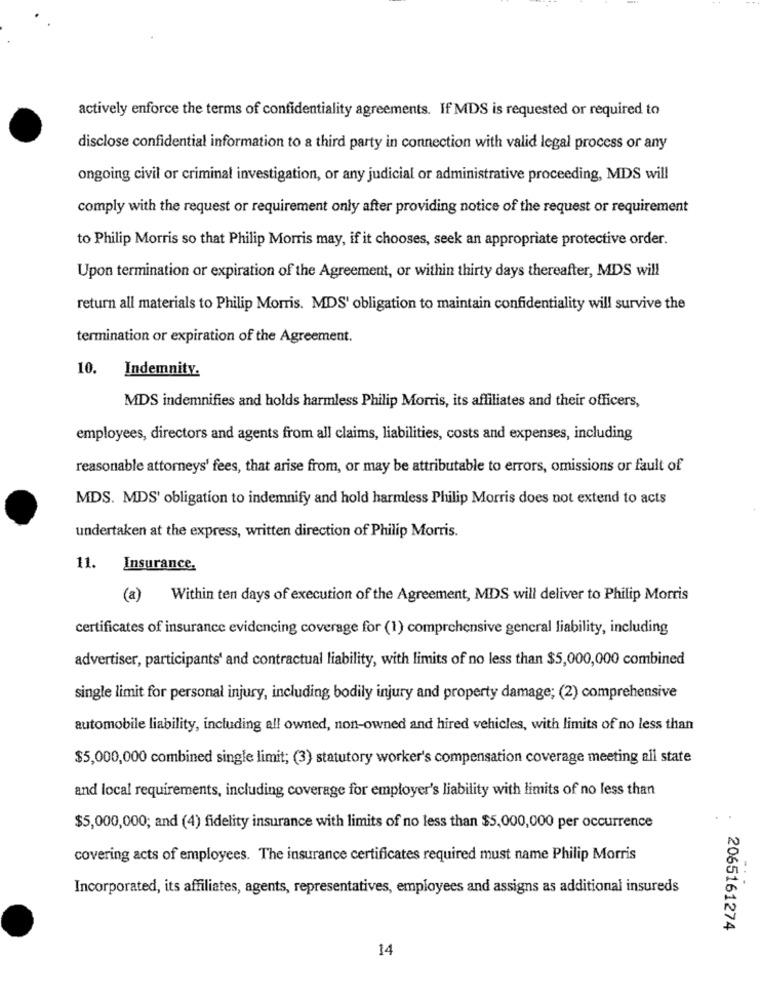
actively enforce the terms of confidentiality agreements. If MDS is requested or required to
disclose confidential information to a third party in connection with valid legal process or any
ongoing civil or criminal investigation, or any judicial or administrative proceeding, MDS will
comply with the request or requirement only after providing notice of the request or requirement
to Philip Morris so that Philip Morris may, if it chooses, seek an appropriate protective order.
Upon termination or expiration of the Agreement, or within thirty days thereafter, MDS will
return all materials to Philip Morris. MDS' obligation to maintain confidentiality will survive the
termination or expiration of the Agreement.
10.
Indemnity.
MDS indemnifies and holds harmless Philip Morris, its affiliates and their officers,
employees, directors and agents from all claims, liabilities, costs and expenses, including
reasonable attorneys' fees, that arise from, or may be attributable to errors, omissions or fault of
MDS. MDS' obligation to indemnify and hold harmless Philip Morris does not extend to acts
undertaken at the express, written direction of Philip Morris.
11.
Insurance,
(a)
Within ten days of execution of the Agreement, MDS will deliver to Philip Morris
certificates of insurance evidencing coverage for (1) comprehensive general liability, including
advertiser, participants' and contractual liability, with limits of no less than $5,000,000 combined
single limit for personal injury, including bodily injury and property damage; (2) comprehensive
automobile liability, including all owned, non-owned and hired vehicles, with limits of no less than
$5,000,000 combined single limit; (3) statutory worker's compensation coverage meeting all state
and local requirements, including coverage for employer's liability with limits of no less than
$5,000,000; and (4) fidelity insurance with limits of no less than $5,000,000 per occurrence
covering acts of employees. The insurance certificates required must name Philip Morris
Incorporated, its affiliates, agents, representatives, employees and assigns as additional insureds
2065161274
14